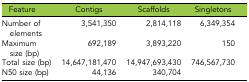
| Feature | Contigs | Scaffolds | Singletons |
 | --- | --- | --- | --- |
 | Number of elements | 3,541,350 | 2,814,118 | 6,349,354 |
 | Maximum size (bp) | 692,189 | 3,893,220 | 150 |
 | Total size (bp) | 14,647,181,470 | 14,947,693,430 | 746,567,730 |
 | N50 size (bp) | 44,136 | 340,704 |  |